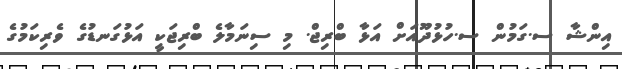
އިންޝާ ސ.ގަމުން ސ.ހުޅުދޫއަށް އަޅާ ބްރިޖް. މި ސިނަމާލެ ބްރިޖަކީ އަޅުގަނޑުގެ ވެރިކަމުގެ